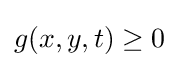
g(x,y,t)\geq 0